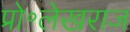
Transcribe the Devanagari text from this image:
प्रो॰लेखराज